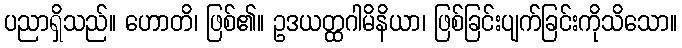
ပညာရှိသည်။ ဟောတိ၊ ဖြစ်၏။ ဥဒယတ္ထဂါမိနိယာ၊ ဖြစ်ခြင်းပျက်ခြင်းကိုသိသော။